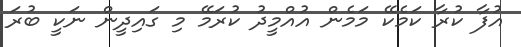
އުފާ ކުރާ ކަމެކޭ މަމެން އުއްމީދު ކުރަމޭ މި ގައިދީން ނަކީ ބުރަ